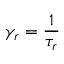
\gamma _ { r } = \frac { 1 } { \tau _ { r } }